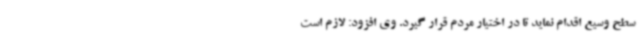
سطح وسیع اقدام نماید تا در اختیار مردم قرار گیرد. وی افزود: لازم است